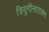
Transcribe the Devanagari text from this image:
त्रियुगीनारायण